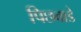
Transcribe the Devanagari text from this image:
पिछवाडे